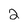
Character: 2